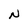
Character: N